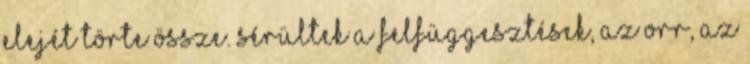
elejét törte össze. Sérültek a felfüggesztések, az orr, az